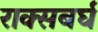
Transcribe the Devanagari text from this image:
राक्सबर्घ